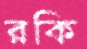
রকি